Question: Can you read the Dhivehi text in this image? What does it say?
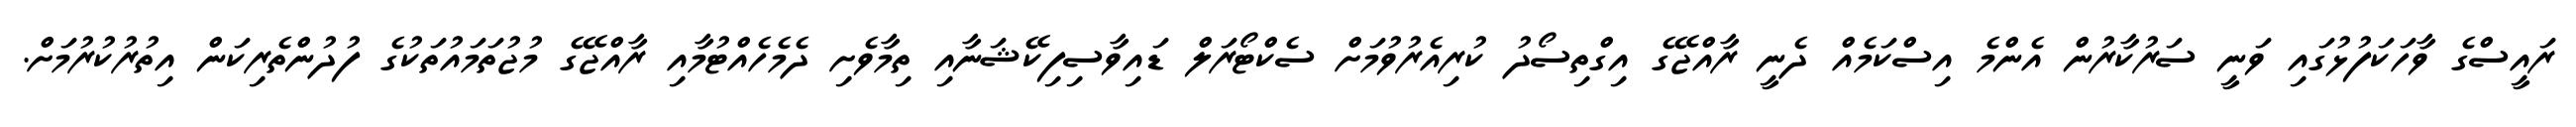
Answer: ރައީސްގެ ވާހަކަފުޅުގައި ވަނީ ސަރުކާރުން އެންމެ އިސްކަމެއް ދެނީ ރާއްޖޭގެ އިގްތިސޯދު ކުރިއެރުވުމަށް ސެކްޓޯރަލް ޑައިވާސިފިކޭޝަނާއި ތިމާވެށި ދެމެހެއްޓުމާއި ރާއްޖޭގެ މުޖުތަމައުތަކުގެ ފުދުންތެރިކަން އިތުރުކުރުމަށް.